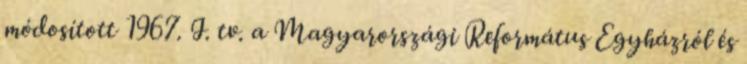
módosított 1967. I. tv. a Magyarországi Református Egyházról és